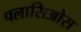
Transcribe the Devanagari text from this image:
पलासिओस